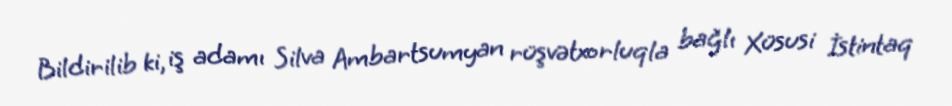
Bildirilib ki, iş adamı Silva Ambartsumyan rüşvətxorluqla bağlı Xüsusi İstintaq